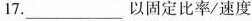
17.___以固定比率/速度